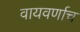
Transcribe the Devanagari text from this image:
वायवर्णाच